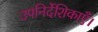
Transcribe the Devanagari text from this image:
उपनिर्देशिकाएँ।